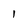
Character: I